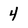
Character: 4